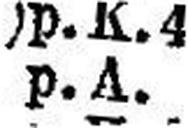
„ „ p.A.